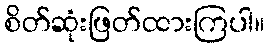
စိတ်ဆုံးဖြတ်ထားကြပါ။